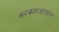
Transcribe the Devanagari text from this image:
सरकारअंतर्गत